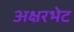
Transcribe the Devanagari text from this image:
अक्षरभेट